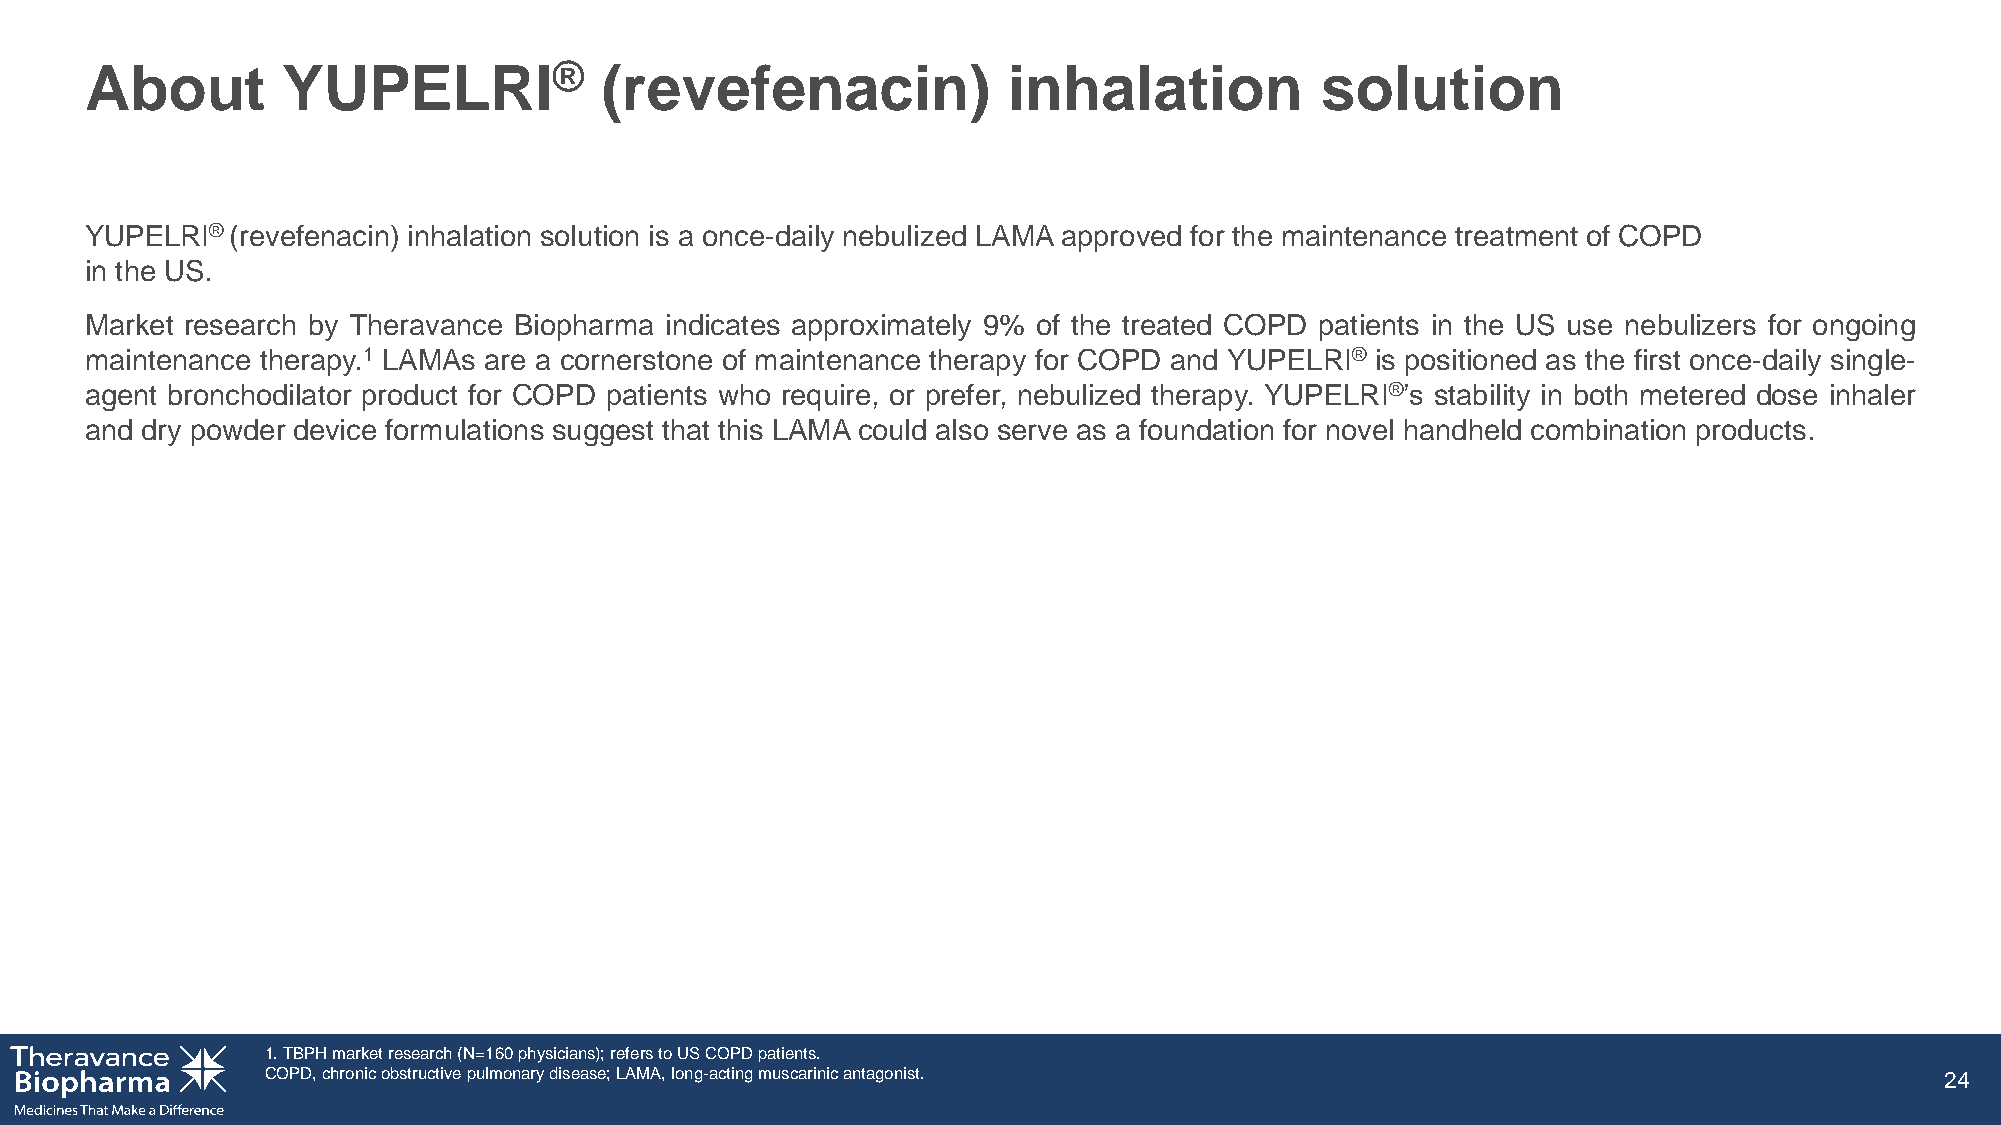
About        YUPELRI®             (revefenacin)              inhalation          solution
 YUPELRI®(revefenacin) inhalation solution is a once-daily nebulized LAMA approved for the maintenance treatment of COPD
 in the US.
 Market research by Theravance Biopharma indicates approximately 9% of the treated COPD patients in the US use nebulizers for ongoing
 maintenance therapy.1 LAMAs are a cornerstone of maintenance therapy for COPD and YUPELRI® is positioned as the first once-daily single-
 agent bronchodilator product for COPD patients who require, or prefer, nebulized therapy. YUPELRI®’s stability in both metered dose inhaler
 and dry powder device formulations suggest that this LAMA could also serve as a foundation for novel handheld combination products.
 1. TBPH market research (N=160 physicians); refers to US COPD patients.
 COPD, chronic obstructive pulmonary disease; LAMA, long-acting muscarinic antagonist.                          24